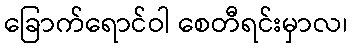
ခြောက်ရောင်ဝါ စေတီရင်းမှာလ၊